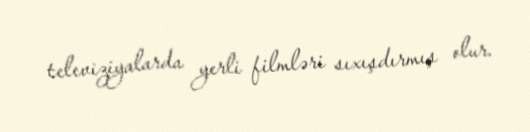
televiziyalarda yerli filmləri sıxışdırmış olur.